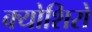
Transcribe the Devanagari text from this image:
क्योशिरो